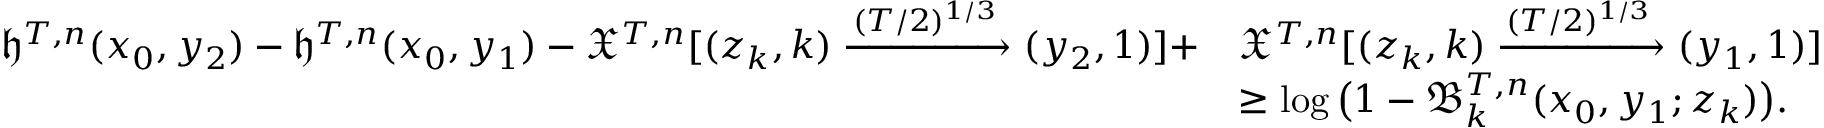
\begin{array} { r l } { \mathfrak { h } ^ { T , n } ( x _ { 0 } , y _ { 2 } ) - \mathfrak { h } ^ { T , n } ( x _ { 0 } , y _ { 1 } ) - \mathfrak { X } ^ { T , n } [ ( z _ { k } , k ) \xrightarrow { ( T / 2 ) ^ { 1 / 3 } } ( y _ { 2 } , 1 ) ] + } & { \mathfrak { X } ^ { T , n } [ ( z _ { k } , k ) \xrightarrow { ( T / 2 ) ^ { 1 / 3 } } ( y _ { 1 } , 1 ) ] } \\ & { \geq \log \big ( 1 - \mathfrak { B } _ { k } ^ { T , n } ( x _ { 0 } , y _ { 1 } ; z _ { k } ) \big ) . } \end{array}